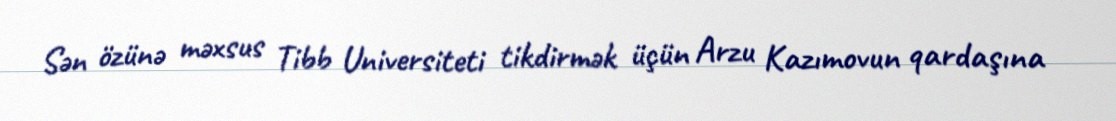
Sən özünə məxsus Tibb Universiteti tikdirmək üçün Arzu Kazımovun qardaşına